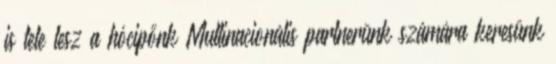
is tele lesz a hócipőnk Multinacionális partnerünk számára keresünk